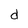
Character: d